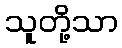
သူတို့သာ